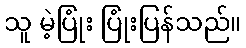
သူ မဲ့ပြုံး ပြုံးပြန်သည်။